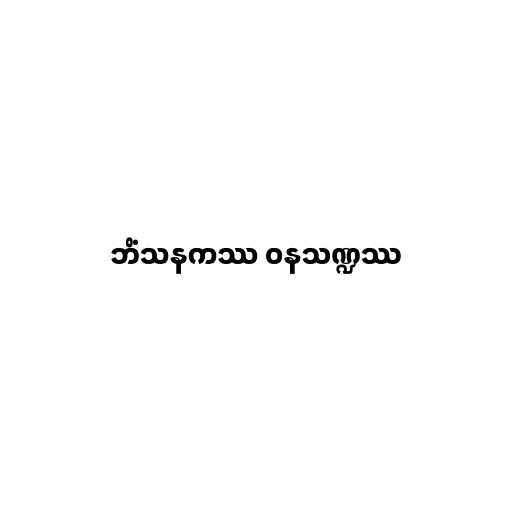
ဘိံသနကဿ ဝနသဏ္ဍဿ